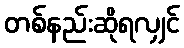
တစ်နည်းဆိုရလျှင်